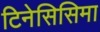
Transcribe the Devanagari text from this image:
टिनेसिसिमा